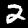
Label: 2